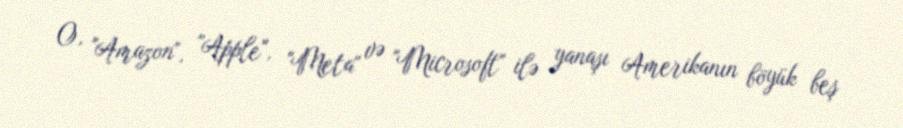
O, "Amazon", "Apple", "Meta" və "Microsoft" ilə yanaşı Amerikanın böyük beş